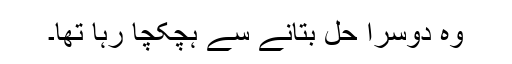
وہ دوسرا حل بتانے سے ہچکچا رہا تھا۔